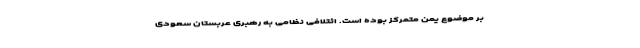
بر موضوع یمن متمرکز بوده است. ائتلافی نظامی به رهبری عربستان سعودی